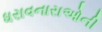
ધરાવનારાઓની